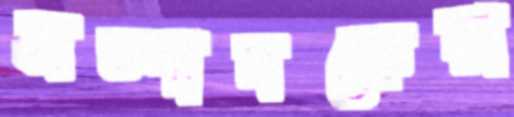
সম্পাদকেরা